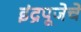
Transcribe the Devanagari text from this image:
इंद्रपूजेचे